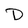
Character: D